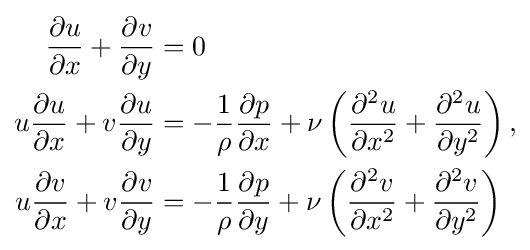
{\begin{aligned}{\frac {\partial u}{\partial x}}+{\frac {\partial v}{\partial y}}&=0\\u{\frac {\partial u}{\partial x}}+v{\frac {\partial u}{\partial y}}&=-{\frac {1}{\rho }}{\frac {\partial p}{\partial x}}+\nu \left({\frac {\partial ^{2}u}{\partial x^{2}}}+{\frac {\partial ^{2}u}{\partial y^{2}}}\right),\\u{\frac {\partial v}{\partial x}}+v{\frac {\partial v}{\partial y}}&=-{\frac {1}{\rho }}{\frac {\partial p}{\partial y}}+\nu \left({\frac {\partial ^{2}v}{\partial x^{2}}}+{\frac {\partial ^{2}v}{\partial y^{2}}}\right)\end{aligned}}